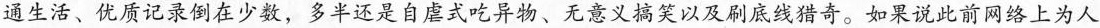
通生活、优质记录倒在少数，多半还是自虐式吃异物、无意义搞笑以及刷底线猎奇。如果说此前网络上为人